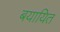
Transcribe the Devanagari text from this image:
बयायित